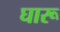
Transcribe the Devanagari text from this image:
घारू